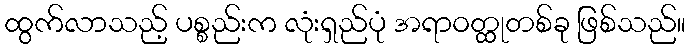
ထွက်လာသည့် ပစ္စည်းက လုံးရှည်ပုံ အရာဝတ္ထုတစ်ခု ဖြစ်သည်။